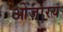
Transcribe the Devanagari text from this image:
ओज़ारय